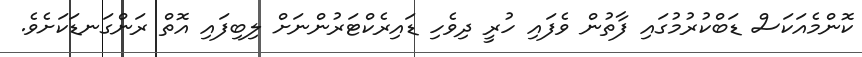
ކޮންމެއަކަސް ޑަބްކުރުމުގައި ފާތުން ވެފައި ހުރީ ދިވެހި ޑައިރެކްޓަރުންނަށް ލިބިފައި އޮތް ރަންގަނޑަކަށެވެ.